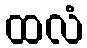
ထလံ